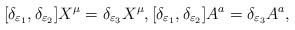
LaTeX: \begin{align*}[\delta_{\varepsilon_1},\delta_{\varepsilon_2}]X^\mu=\delta_{\varepsilon_3}X^\mu,[\delta_{\varepsilon_1},\delta_{\varepsilon_2}]A^a=\delta_{\varepsilon_3}A^a,\end{align*}